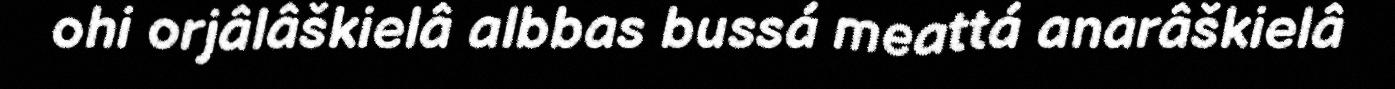
ohi orjâlâškielâ albbas bussá meattá anarâškielâ